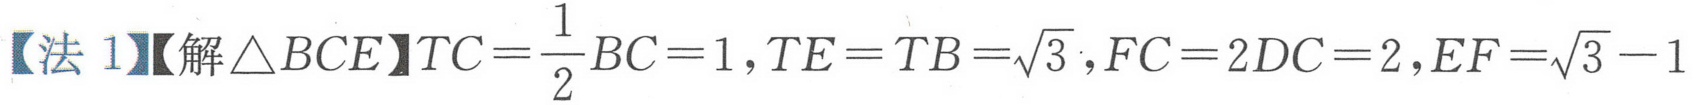
【法1】【解\(\triangle BCE\)】\(TC=\frac{1}{2}BC = 1\)，\(TE = TB=\sqrt{3}\)，\(FC = 2DC = 2\)，\(EF=\sqrt{3}-1\)